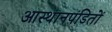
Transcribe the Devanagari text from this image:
आस्थानपंडितों